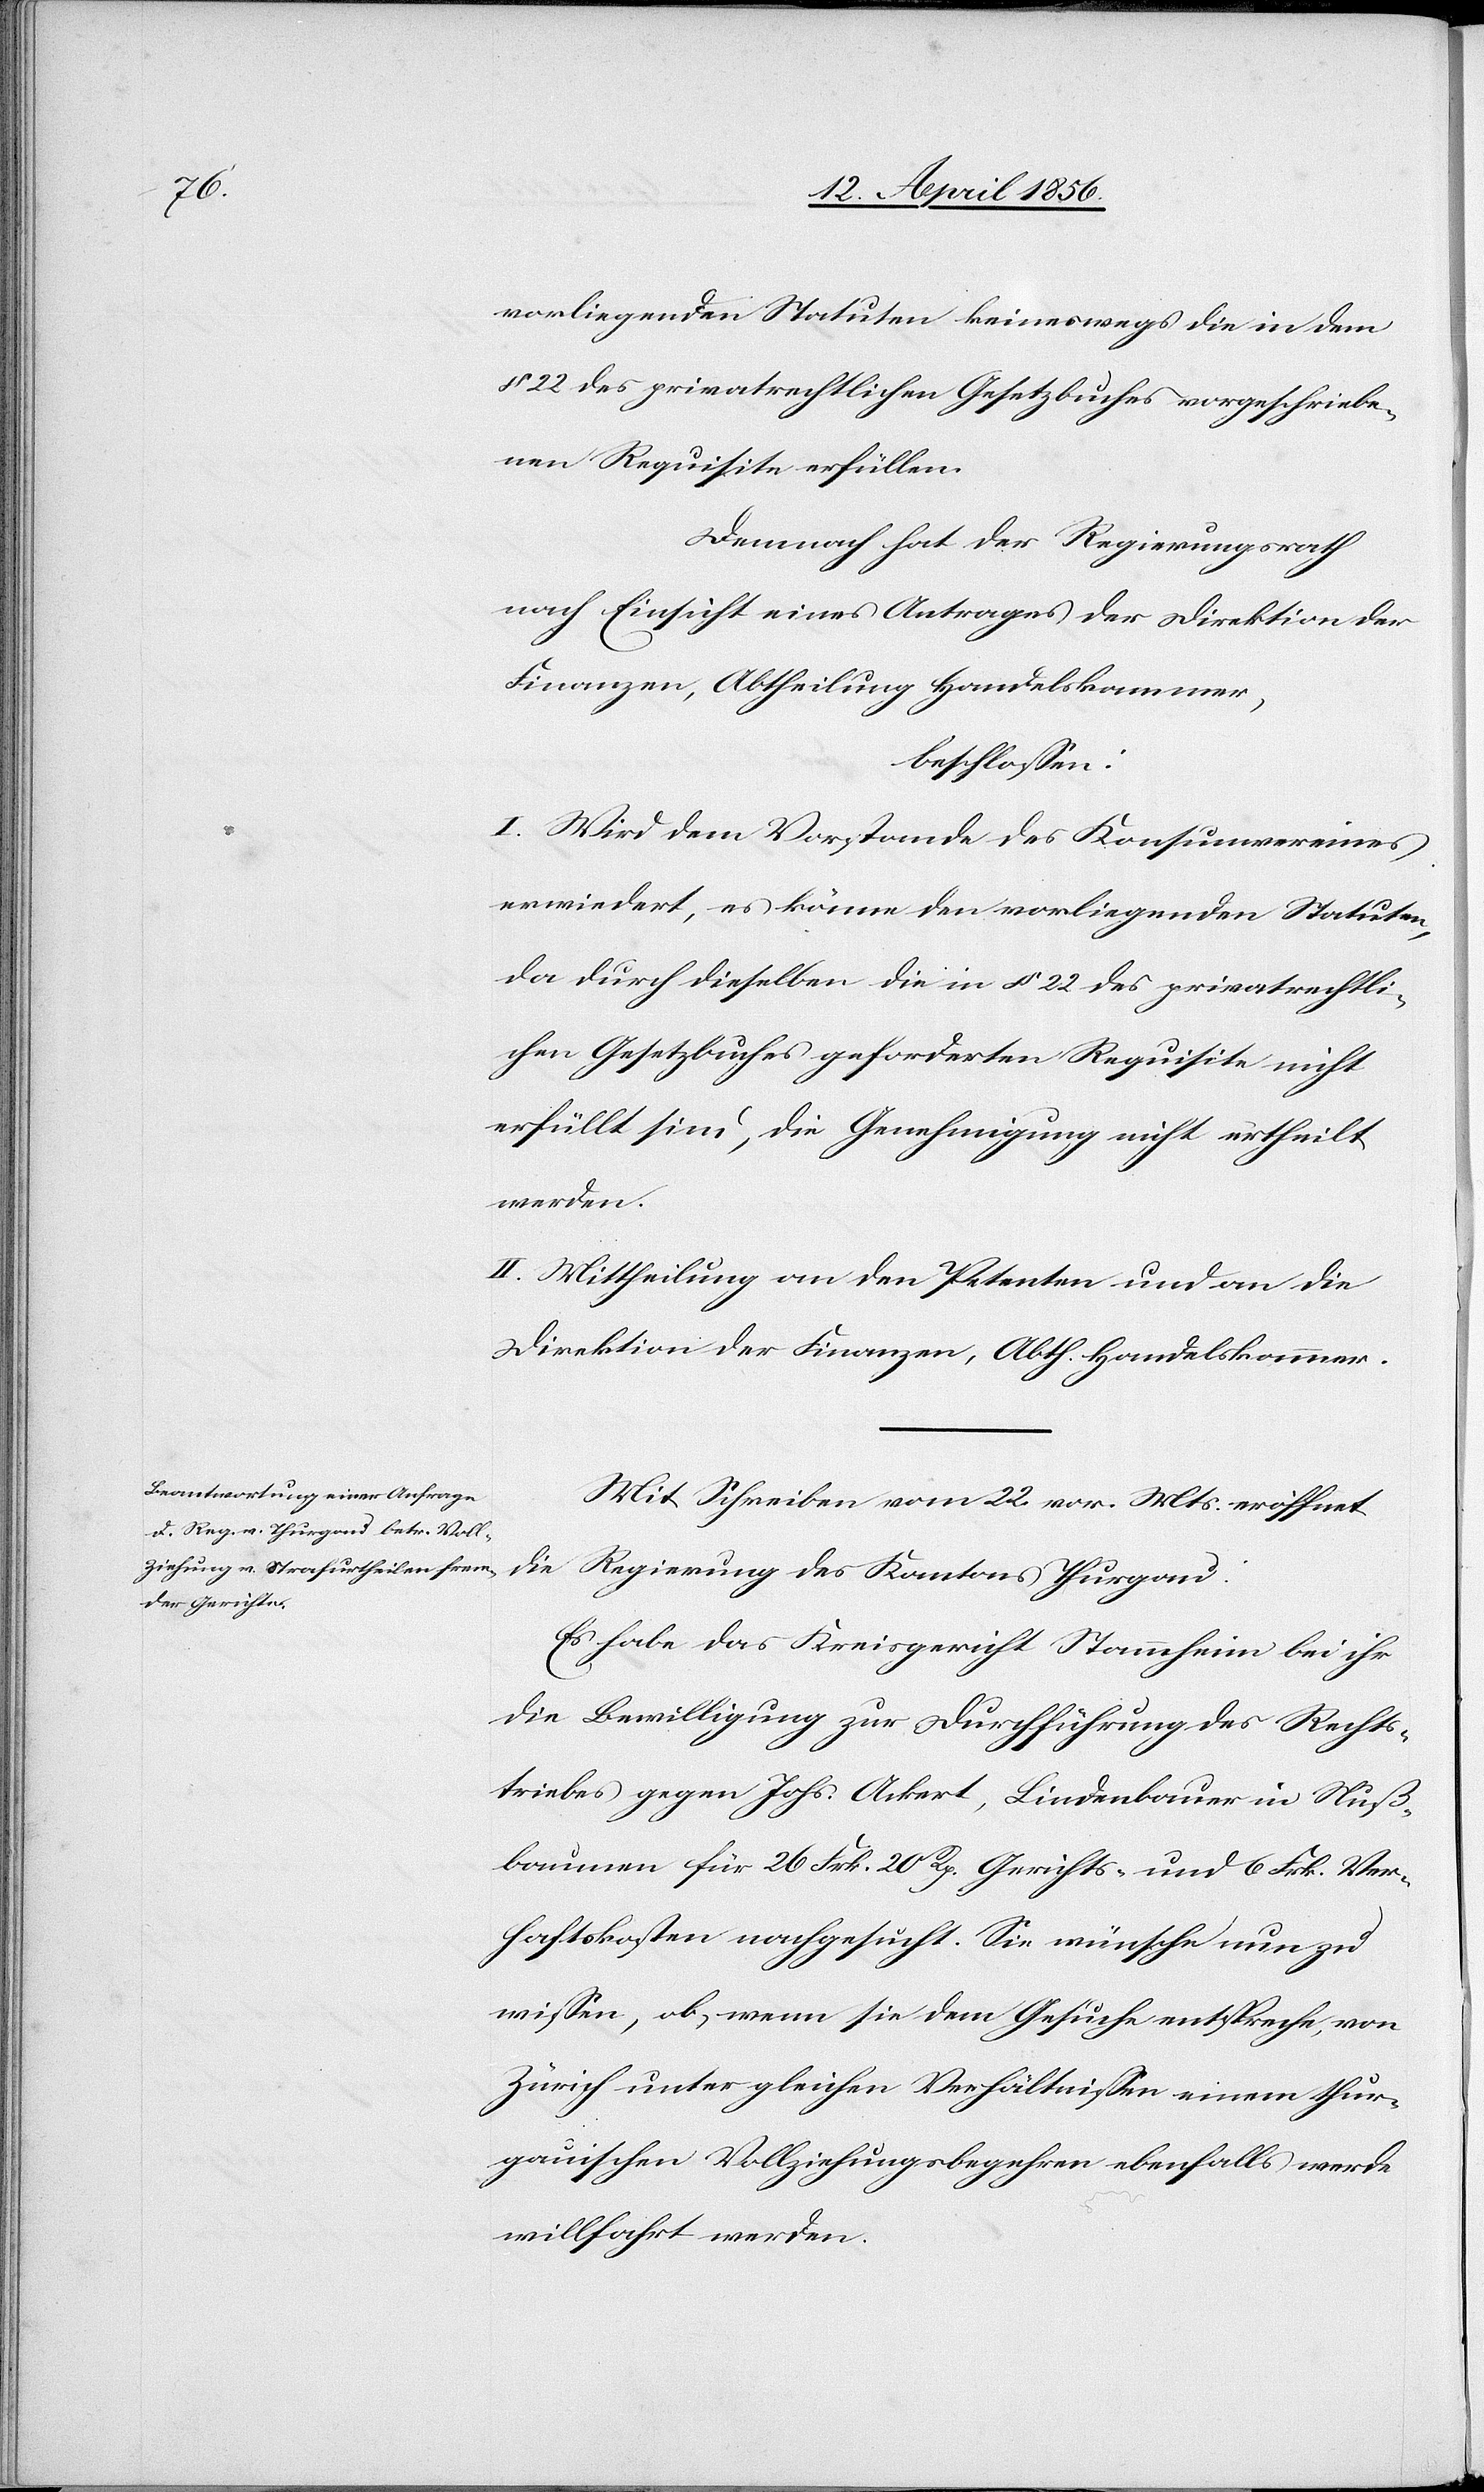
vorliegenden Statuten keineswegs die in dem
§ 22 des privatrechtlichen Gesetzbuches vorgeschriebe¬
nen Requisite erfüllen.
Demnach hat der Regierungsrath
nach Einsicht eines Antrages der Direktion der
Finanzen, Abtheilung Handelskammer,
beschlossen:
I. Wird dem Vorstande des Konsumvereines
erwiedert, es könne den vorliegenden Statuten,
da durch dieselben die in § 22 des privatrechtli¬
chen Gesetzbuches geforderten Requisite nicht
erfüllt sind, die Genehmigung nicht ertheilt
werden.
II. Mittheilung an den Petenten und an die
Direktion der Finanzen, Abth. Handelskammer.
Mit Schreiben vom 22. vor. Mts. eröffnet
die Regierung des Kantons Thurgau:
Es habe das Kreisgericht Stammheim bei ihr
die Bewilligung zur Durchführung des Rechts¬
triebes gegen Johs. Ackert, Lindenbauer in Nuß¬
baumen für 26 Frk. 20 Rp. Gerichts- und 6 Frk. Ver¬
haftskosten nachgesucht. Sie wünsche nun zu
wissen, ob, wenn sie dem Gesuche entspreche, von
Zürich unter gleichen Verhältnissen einem thur¬
gauischen Vollziehungsbegehren ebenfalls werde
willfahrt werden.